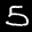
Label: 5